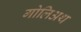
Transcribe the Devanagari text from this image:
गोलिअथ